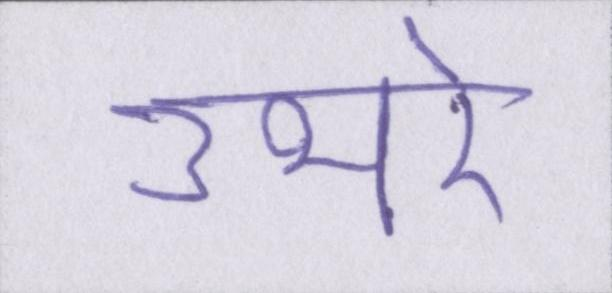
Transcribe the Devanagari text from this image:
उभरे